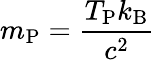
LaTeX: m_{\mathrm{P}}={\frac{T_{\mathrm{P}}k_{\mathrm{B}}}{c^{2}}}